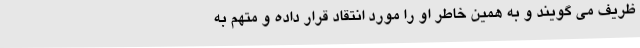
ظریف می گویند و به همین خاطر او را مورد انتقاد قرار داده و متهم به